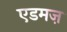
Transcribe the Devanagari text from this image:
एडमज़